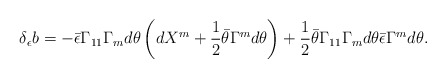
\begin{align*}\delta_\epsilon b = -\bar\epsilon \Gamma_{11} \Gamma_m d\theta \left(d X^m +{1\over 2} \bar\theta \Gamma^m d\theta\right)+ {1 \over 2} \bar\theta \Gamma_{11} \Gamma_m d\theta \bar\epsilon \Gamma^md\theta.\end{align*}